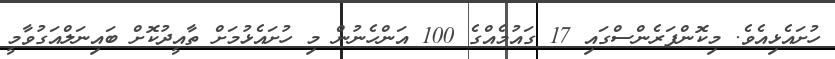
ހުށައެޅިއެވެ. މިކޮންފަރެންސްގައި 17 ގައުމެއްގެ 100 އަންހެނުން މި ހުށައެޅުމަށް ތާއީދުކޮށް ބައިނަލްއަގުވާމީ